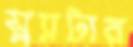
স্ল্যাটার